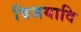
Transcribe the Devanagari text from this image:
विजयादि